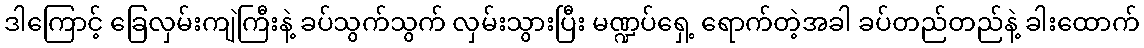
ဒါကြောင့် ခြေလှမ်းကျဲကြီးနဲ့ ခပ်သွက်သွက် လှမ်းသွားပြီး မဏ္ဍပ်ရှေ့ ရောက်တဲ့အခါ ခပ်တည်တည်နဲ့ ခါးထောက်